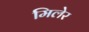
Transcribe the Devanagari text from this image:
मिलेर